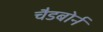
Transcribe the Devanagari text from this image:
चैडबोर्न